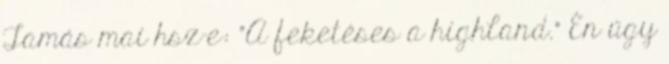
Tamás mai hsz-e: "A feketéses a highland." Én úgy